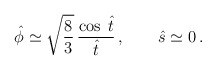
\begin{align*}{\hat \phi} \simeq \sqrt{\frac{8}{3}} \, \frac{\cos\;{\hat t}}{{\hat t}}\,,\qquad {\hat s} \simeq 0\,.\end{align*}